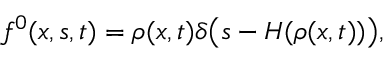
f ^ { 0 } ( x , s , t ) = \rho ( x , t ) \delta \bigl ( s - H ( \rho ( x , t ) ) \bigr ) ,